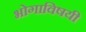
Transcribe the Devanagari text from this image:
भोगाविषयी